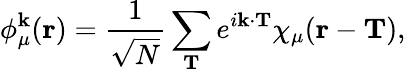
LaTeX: \phi_{\mu}^{\mathbf{k}}(\mathbf{r})=\frac{1}{\sqrt{N}}\sum_{\mathbf{T}}e^{i\mathbf{k}\cdot\mathbf{T}}\chi_{\mu}(\mathbf{r}-\mathbf{T}),